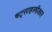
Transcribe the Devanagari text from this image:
षट्साहस्त्रीकार